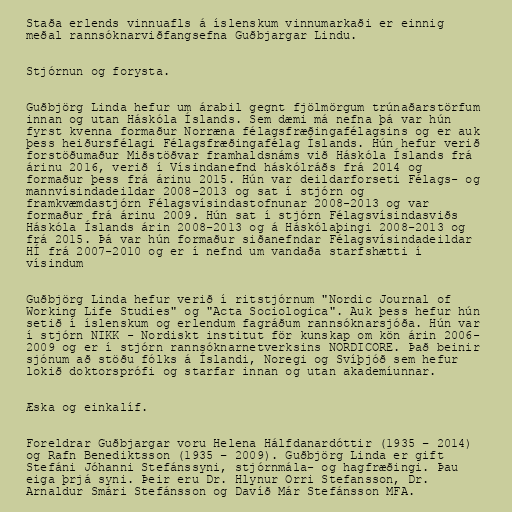
Staða erlends vinnuafls á íslenskum vinnumarkaði er einnig
meðal rannsóknarviðfangsefna Guðbjargar Lindu.

Stjórnun og forysta.

Guðbjörg Linda hefur um árabil gegnt fjölmörgum trúnaðarstörfum
innan og utan Háskóla Íslands. Sem dæmi má nefna þá var hún
fyrst kvenna formaður Norræna félagsfræðingafélagsins og er auk
þess heiðursfélagi Félagsfræðingafélag Íslands. Hún hefur verið
forstöðumaður Miðstöðvar framhaldsnáms við Háskóla Íslands frá
árinu 2016, verið í Vísindanefnd háskólráðs frá 2014 og
formaður þess frá árinu 2015. Hún var deildarforseti Félags- og
mannvísindadeildar 2008-2013 og sat í stjórn og
framkvæmdastjórn Félagsvísindastofnunar 2008-2013 og var
formaður frá árinu 2009. Hún sat í stjórn Félagsvísindasviðs
Háskóla Íslands árin 2008-2013 og á Háskólaþingi 2008-2013 og
frá 2015. Þá var hún formaður siðanefndar Félagsvísindadeildar
HÍ frá 2007-2010 og er í nefnd um vandaða starfshætti í
vísindum

Guðbjörg Linda hefur verið í ritstjórnum "Nordic Journal of
Working Life Studies" og "Acta Sociologica". Auk þess hefur hún
setið í íslenskum og erlendum fagráðum rannsóknarsjóða. Hún var
í stjórn NIKK - Nordiskt institut för kunskap om kön árin 2006-
2009 og er í stjórn rannsóknarnetverksins NORDICORE. Það beinir
sjónum að stöðu fólks á Íslandi, Noregi og Svíþjóð sem hefur
lokið doktorsprófi og starfar innan og utan akademíunnar.

Æska og einkalíf.

Foreldrar Guðbjargar voru Helena Hálfdanardóttir (1935 – 2014)
og Rafn Benediktsson (1935 – 2009). Guðbjörg Linda er gift
Stefáni Jóhanni Stefánssyni, stjórnmála- og hagfræðingi. Þau
eiga þrjá syni. Þeir eru Dr. Hlynur Orri Stefansson, Dr.
Arnaldur Smári Stefánsson og Davíð Már Stefánsson MFA.